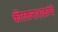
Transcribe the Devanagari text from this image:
कीटकनाशकांचे